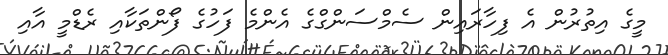
މީގެ އިތުރުން އެ ފިހާރައިން ސެމްސަންގްގެ އެންމެ ފަހުގެ ފޯންތަކާއި ރެޑްމީ އާއި